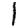
Digit: 1